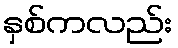
နှစ်ကလည်း